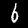
Label: 6